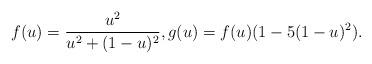
LaTeX: \begin{align*}f(u)=\frac{u^2}{u^2+(1-u)^2}, g(u)=f(u)(1-5(1-u)^2).\end{align*}